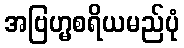
အဗြဟ္မစရိယမည်ပုံ